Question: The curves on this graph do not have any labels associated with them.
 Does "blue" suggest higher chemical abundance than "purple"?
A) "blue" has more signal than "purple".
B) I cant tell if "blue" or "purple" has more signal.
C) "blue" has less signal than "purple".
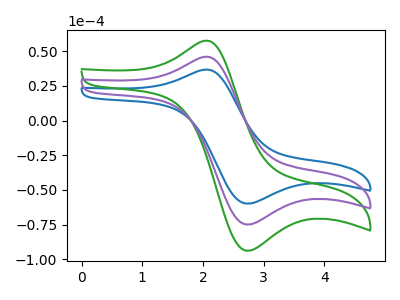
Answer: <think>The blue curve "blue" has an anodic peak at (2.00V, 36.50uA) and a cathodic peak at (2.70V, -59.80uA). The green curve "green" has an anodic peak at (2.00V, 91.45uA) and a cathodic peak at (2.70V, -149.75uA). The purple curve "purple" has an anodic peak at (2.00V, 45.70uA) and a cathodic peak at (2.70V, -74.85uA).
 All the peaks in "blue" have a peak in "purple" at the same potential. Every peak in "blue" is lower than every peak in "purple".</think>
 <answer>C) "blue" has less signal than "purple".</answer>
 <eval>C</eval>